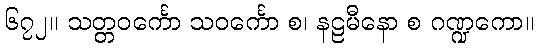
၆၇၂။ သတ္တဝင်္ကော သဝင်္ကော စ၊ နဠမီနော စ ဂဏ္ဍကော။